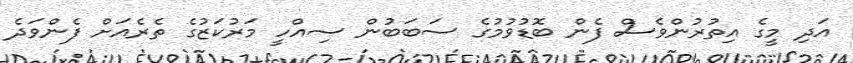
އަދި މީގެ އިތުރުންވެސް ފެން ބޮޑުވުމުގެ ސަބަބުން ސިއްހީ މަރުކަޒުގެ ތެރެއަށް ފެންވަދެ